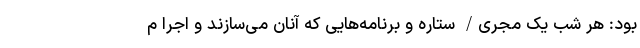
بود: هر شب یک مجری/ ستاره و برنامه‌هایی که آنان می‌سازند و اجرا م